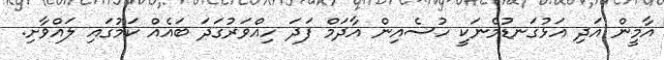
އާމީން އަދި އަޅުގަނޑުމެނަކީ ހުސެއިން އާދަމް ފަދަ ހިއްވަރުގަދަ ބައެއް ކަމުގައި ލައްވާށި.